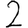
Digit: 2